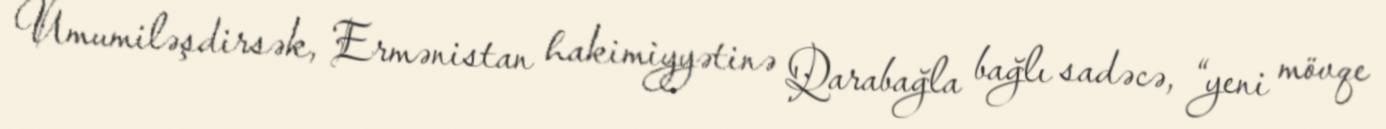
Ümumiləşdirsək, Ermənistan hakimiyyətinə Qarabağla bağlı sadəcə, “yeni mövqe